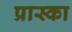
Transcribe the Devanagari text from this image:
प्रास्का